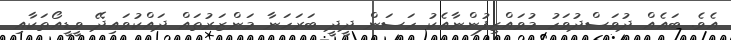
އެވެ. ބައެއް ދުވަސްދުވަހު މުވައްޒިފުންނާއެކު ހަސަން ދީދީ ބަރަހަނާ މަންޒަރުތައް ދައްކުވައިދޭ ވީޑީއޯތަކާއި